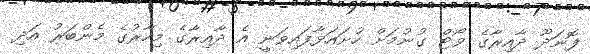
ފޮނަދޫ ދާއިރާގެ ވޯޓް ގުނުމަށް ހުށައަޅާފައިވަނީ އެ ދާއިރާގެ މިހާރުގެ މެންބަރު އަދި